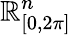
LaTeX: \mathbb{R}_{[0,2\pi]}^{n}